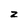
Character: Z